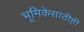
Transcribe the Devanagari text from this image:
भूमिकेसाठीही